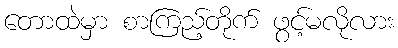
တောထဲမှာ စာကြည့်တိုက် ဖွင့်မလိုလား